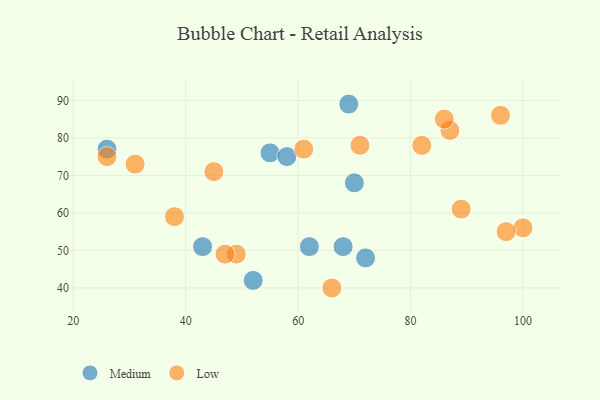
{"axis": {"x": "GDP", "y": "Life Expectancy"}, "legend": ["Low", "Medium"], "data": [{"x": "52", "y": 42, "type": "Medium"}, {"x": "55", "y": 76, "type": "Medium"}, {"x": "70", "y": 68, "type": "Medium"}, {"x": "62", "y": 51, "type": "Medium"}, {"x": "43", "y": 51, "type": "Medium"}, {"x": "58", "y": 75, "type": "Medium"}, {"x": "72", "y": 48, "type": "Medium"}, {"x": "69", "y": 89, "type": "Medium"}, {"x": "68", "y": 51, "type": "Medium"}, {"x": "26", "y": 77, "type": "Medium"}, {"x": "66", "y": 40, "type": "Low"}, {"x": "82", "y": 78, "type": "Low"}, {"x": "26", "y": 75, "type": "Low"}, {"x": "87", "y": 82, "type": "Low"}, {"x": "38", "y": 59, "type": "Low"}, {"x": "49", "y": 49, "type": "Low"}, {"x": "71", "y": 78, "type": "Low"}, {"x": "89", "y": 61, "type": "Low"}, {"x": "86", "y": 85, "type": "Low"}, {"x": "100", "y": 56, "type": "Low"}, {"x": "31", "y": 73, "type": "Low"}, {"x": "96", "y": 86, "type": "Low"}, {"x": "47", "y": 49, "type": "Low"}, {"x": "61", "y": 77, "type": "Low"}, {"x": "45", "y": 71, "type": "Low"}, {"x": "97", "y": 55, "type": "Low"}]}